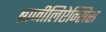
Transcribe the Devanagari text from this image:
ब्राजीलिऐन्सिस